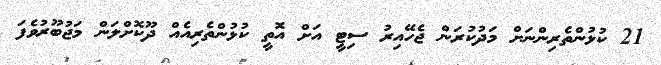
21 ކުޅުންތެރިންނަށް މަދުކުރަން ޖެހޭއިރު ސިޓީ އަށް އޮތީ ކުޅުންތެރިއެއް ދޫކޮށްލަން މަޖުބޫރުވެފަ